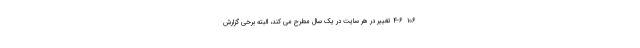
۱۰۶  ۴-۶ تغییر در هر سایت در یک سال مطرح می کند، البته برخی گزارش